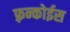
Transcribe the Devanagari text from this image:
फ़्रन्कोईस